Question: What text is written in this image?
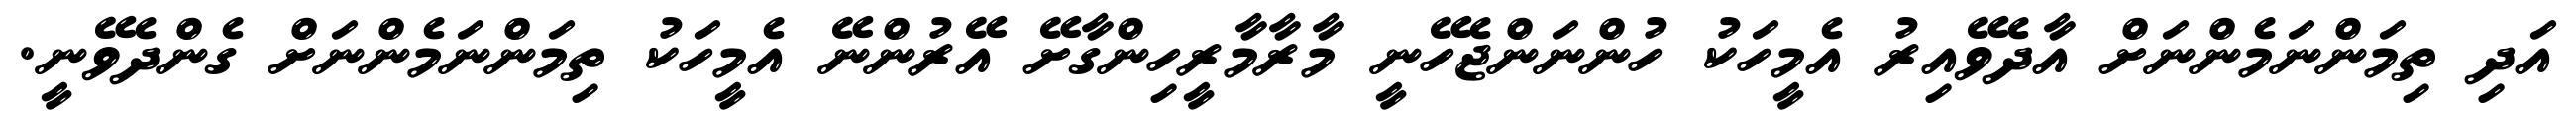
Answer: އަދި ތިމަންނަމެންނަށް އާދެވޭއިރު އެމީހަކު ހުންނަންޖެހޭނީ މާރާމާރީހިންގާށޭ އޭރުންނޭ އެމީހަކު ތިމަންނަމެންނަށް ގެންދެވޭނީ.